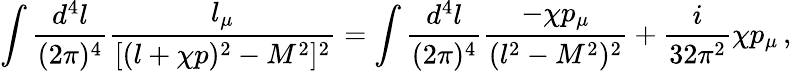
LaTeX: \int{\frac{d^{4}l}{(2\pi)^{4}}}{\frac{l_{\mu}}{[(l+\chi p)^{2}-M^{2}]^{2}}}=\int{\frac{d^{4}l}{(2\pi)^{4}}}{\frac{-\chi p_{\mu}}{(l^{2}-M^{2})^{2}}}+{\frac{i}{32\pi^{2}}}\chi p_{\mu}\, ,